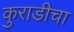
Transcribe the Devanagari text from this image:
कुराडीचा